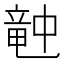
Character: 𥪝